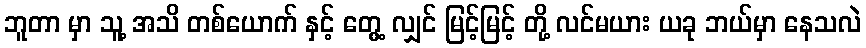
ဘူတာ မှာ သူ့ အသိ တစ်ယောက် နှင့် တွေ့ လျှင် မြင့်မြင့် တို့ လင်မယား ယခု ဘယ်မှာ နေသလဲ